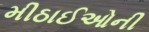
મીઠાઈઓની